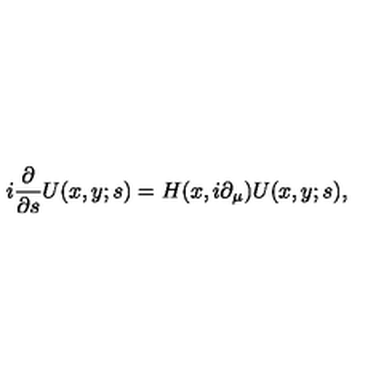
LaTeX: i \frac { \partial } { \partial s } U ( x , y ; s ) = H ( x , i \partial _ { \mu } ) U ( x , y ; s ) ,